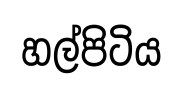
හල්පිටිය